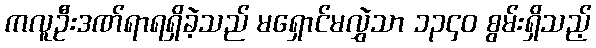
ကလူဦးဒဏ်ရာရရှိခဲ့သည် မရှောင်မလွှဲသာ ၁၃၄၀ စွမ်းရှိသည့်